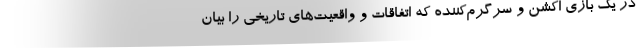
در یک بازی اکشن و سرگرم‌کننده که اتفاقات و واقعیت‌های تاریخی را بیان